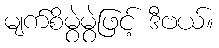
မျက်စိမွဲမွဲဖြင့် ဒီဗယ်။